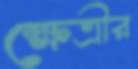
ক্ষেত্রীর